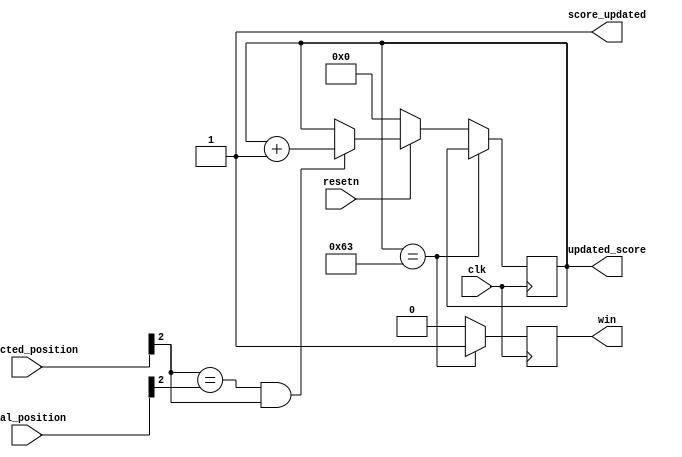
//compared expected position and real position and update score

module score (
	input clk, 
	input resetn,
	input [2:0] expected_position,
	input [2:0] real_position,
	output[6:0] updated_score,
	output score_updated,
	output reg win);

	assign score_updated = 1'b1;
	
	reg [6:0] score; reg update;
	assign updated_score[6:0] = score[6:0];
//	assign score_updated = update;
	always@(posedge clk)
	begin	
		if (!resetn) begin
		score <= 7'b0;	
		update <= 1'b1;
		win <= 1'b0;end
		else begin
			if (expected_position[0] == real_position[0] && expected_position[0] == 1'b1)begin
				score <= score + 1'b1;	
				update <= 1'b1;
				win <= 1'b0;end
			else begin
				score <= score;
				update <= 1'b0;
				win <= 1'b0;end
			if (expected_position[1] == real_position[1]  && expected_position[1] == 1'b1)begin
				score <= score + 1'b1;	
				update <= 1'b1;
				win <= 1'b0;end
			else begin
				score <= score;
				update <= 1'b0;
				win <= 1'b0;end
			if (expected_position[2] == real_position[2] && expected_position[2] == 1'b1)begin
				score <= score + 1'b1;	
				update <= 1'b1;
				win <= 1'b0;end
			else begin
				score <= score;
				update <= 1'b0;
				win <= 1'b0;end
		end
		
		if (score == 7'b1100011)begin //score = decimal 99
			score <= score;
			update <= 1'b0;
			win <= 1'b1;end
	end
	
endmodule